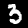
Digit: 3